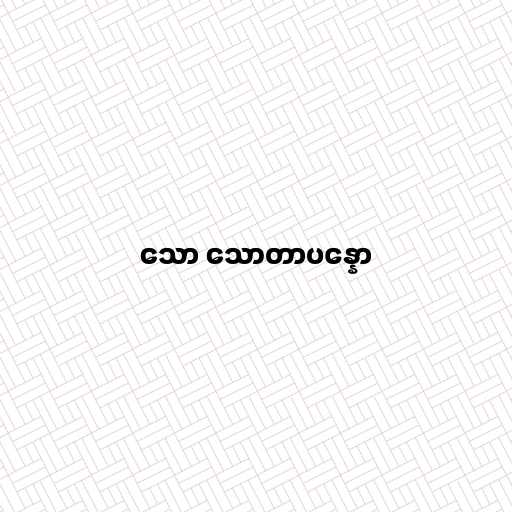
သော သောတာပန္နော